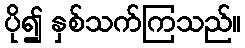
ပို၍ နှစ်သက်ကြသည်။